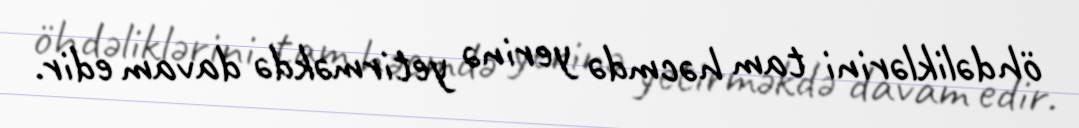
öhdəliklərini tam həcmdə yerinə yetirməkdə davam edir.